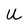
Character: U